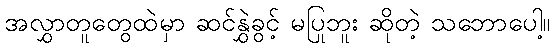
အလွှာတူတွေထဲမှာ ဆင်နွှဲခွင့် မပြုဘူး ဆိုတဲ့ သဘောပေါ့။